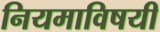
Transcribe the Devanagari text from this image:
नियमाविषयी